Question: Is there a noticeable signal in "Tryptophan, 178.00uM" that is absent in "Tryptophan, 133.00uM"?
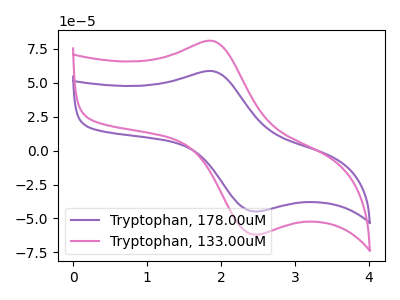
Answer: <think>The purple curve "Tryptophan, 178.00uM" has an anodic peak at (1.90V, 58.45uA) and a cathodic peak at (2.45V, -44.90uA). The pink curve "Tryptophan, 133.00uM" has an anodic peak at (1.90V, 80.65uA) and a cathodic peak at (2.45V, -61.95uA).
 All the peaks in "Tryptophan, 178.00uM" have a peak in "Tryptophan, 133.00uM" at the same potential. Every peak in "Tryptophan, 178.00uM" is lower than every peak in "Tryptophan, 133.00uM".</think>
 <answer>No, "Tryptophan, 178.00uM" and "Tryptophan, 133.00uM" don't appear to be significantly different in shape</answer>
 <eval>no_change</eval>